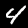
Label: 4